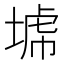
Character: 𡎍